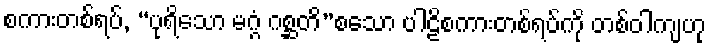
စကားတစ်ရပ်, “ပုရိသော မဂ္ဂံ ဂစ္ဆတိ”စသော ပါဠိစကားတစ်ရပ်ကို တစ်ဝါကျဟု